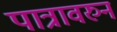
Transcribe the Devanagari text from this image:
पात्रावरुन